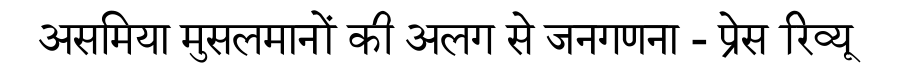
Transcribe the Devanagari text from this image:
असमिया मुसलमानों की अलग से जनगणना - प्रेस रिव्यू